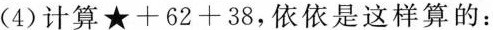
(4)计算$$ \star + 62 + 38$$，依依是这样算的: